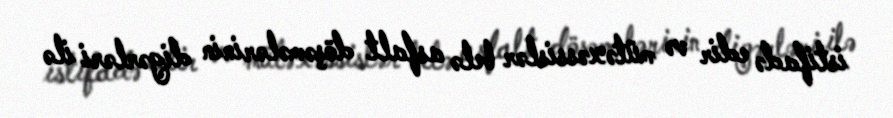
istifadə edir və mütəxəssislər belə asfalt döşəmələrinin digərləri ilə